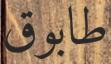
طابوق